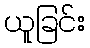
ယူခြင်း